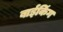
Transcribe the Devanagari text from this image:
बाईकिंग